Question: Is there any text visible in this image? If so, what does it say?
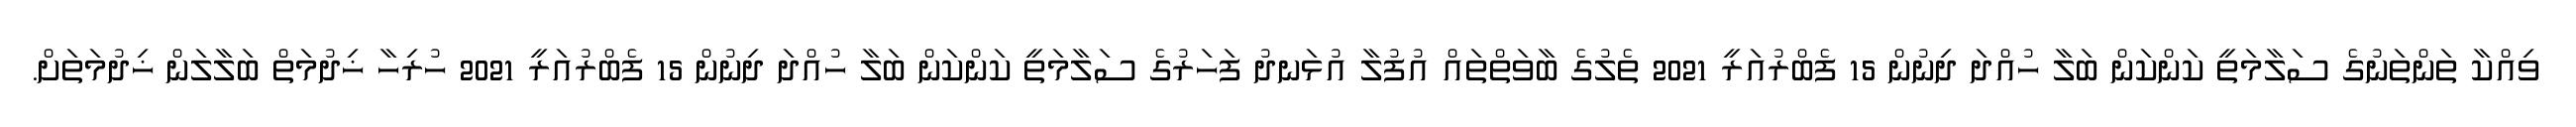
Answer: ވިއްކާ ތަންތަނުގެ ސަލާމަތީ ކަންކަން ބަލާ ހުއްދަ ދިނުން 15 ފެބްރުއަރީ 2021 ތެލުގެ ބާވަތްތައް އުފުލާ އުޅަނދު ފަހަރުގެ ސަލާމަތީ ކަންކަން ބަލާ ހުއްދަ ދިނުން 15 ފެބްރުއަރީ 2021 ހުރިހާ ޚިދުމަތް ބަލާލަން ޚިދުމަތަށް.